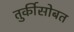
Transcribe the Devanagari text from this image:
तुर्कीसोबत